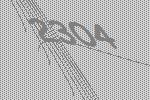
2304